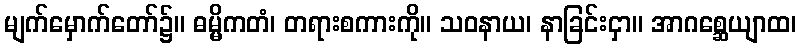
မျက်မှောက်တော်၌။ ဓမ္မိကတံ၊ တရားစကားကို။ သဝနာယ၊ နာခြင်းငှာ။ အာဂစ္ဆေယျာထ၊